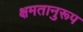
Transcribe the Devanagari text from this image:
क्षमतानुरूप